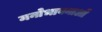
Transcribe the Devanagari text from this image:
मनोभावनाआें